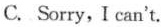
C. Sorry, I can't.